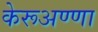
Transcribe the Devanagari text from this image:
केरूअण्णा